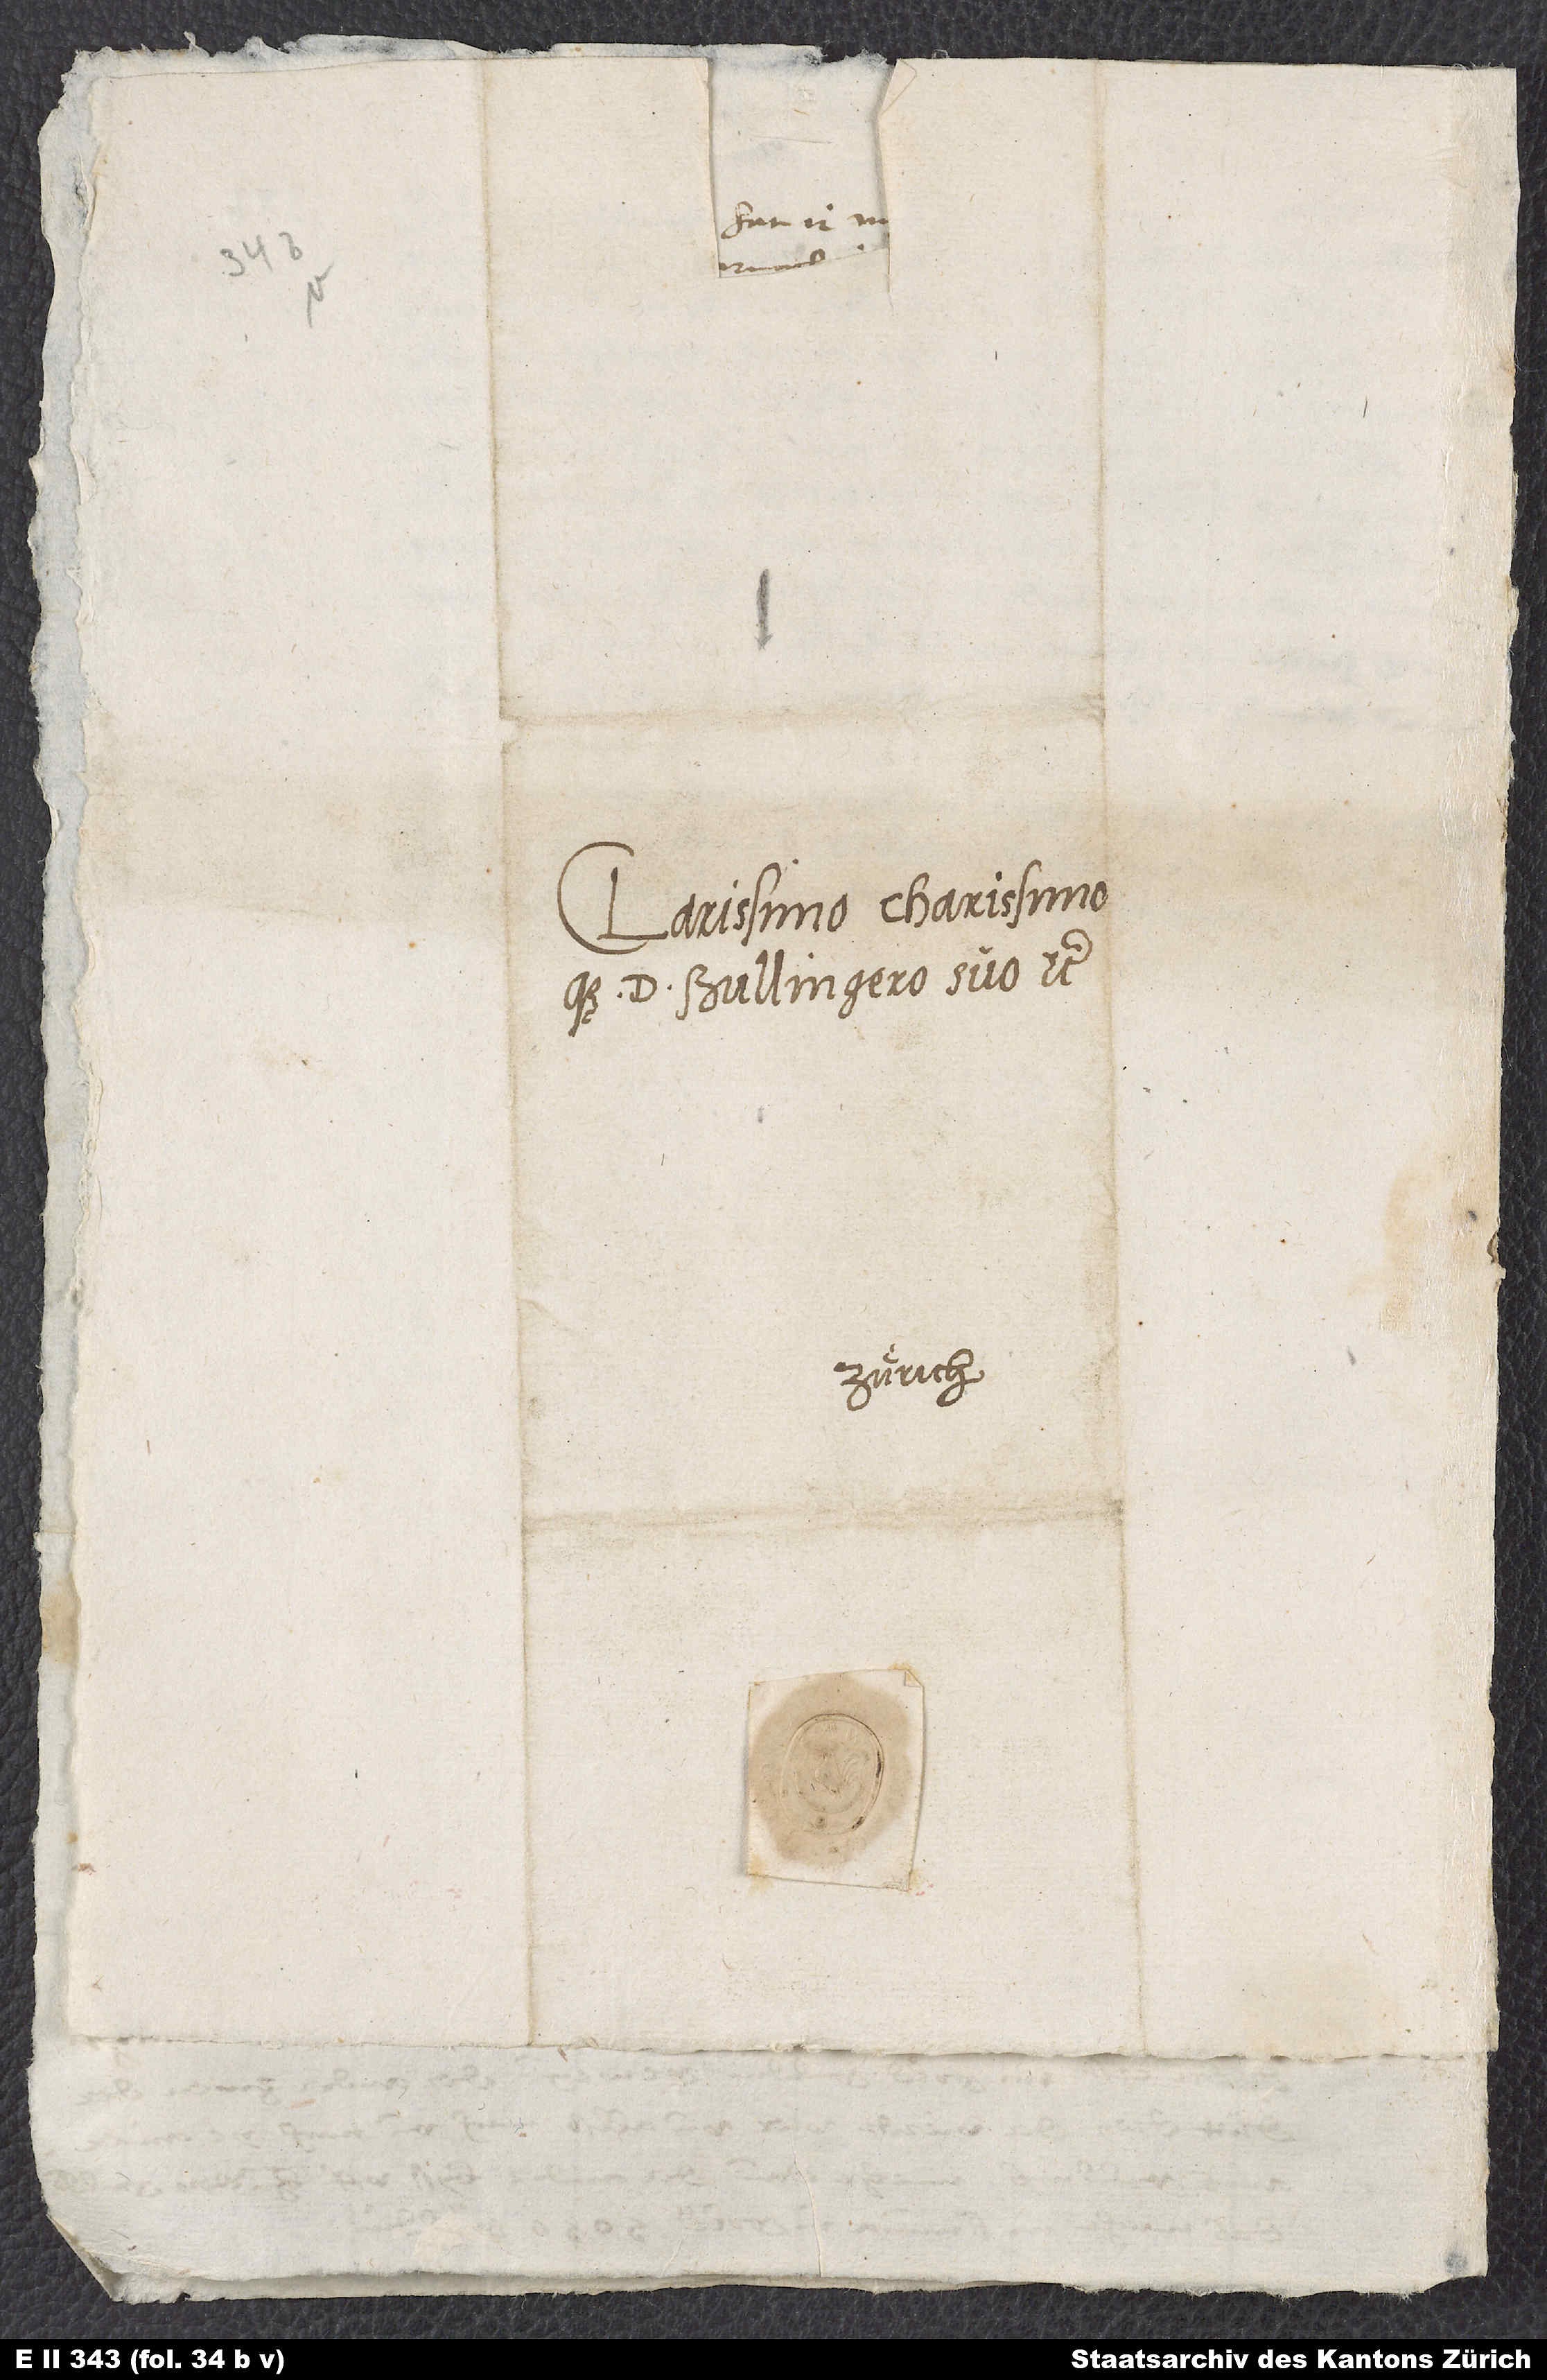
Clarissimo charissimoque
Bullingero suo etc.
Zürich.